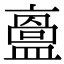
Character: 𥂬